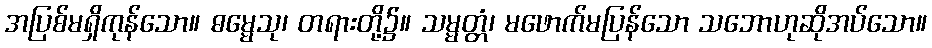
အပြစ်မရှိကုန်သော။ ဓမ္မေသု၊ တရားတို့၌။ သမ္မတ္တံ၊ မဖောက်မပြန်သော သဘောဟုဆိုအပ်သော။